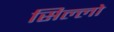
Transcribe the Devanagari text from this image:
सिल्लो